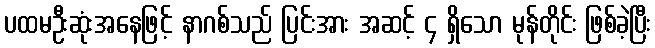
ပထမဦးဆုံးအနေဖြင့် နာဂစ်သည် ပြင်းအား အဆင့် ၄ ရှိသော မုန်တိုင်း ဖြစ်ခဲ့ပြီး